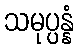
သမုပ္ပန္နံ